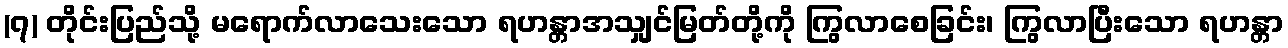
(၇) တိုင်းပြည်သို့ မရောက်လာသေးသော ရဟန္တာအသျှင်မြတ်တို့ကို ကြွလာစေခြင်း၊ ကြွလာပြီးသော ရဟန္တာ